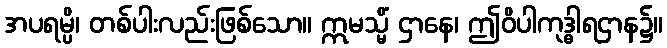
အပရမ္ပိ၊ တစ်ပါးလည်းဖြစ်သော။ ဣမသ္မိံ ဌာနေ၊ ဤဝိပါကုဒ္ဓါရဌာန၌။